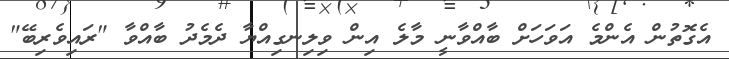
އެގޮތުން އެންމެ އަވަހަށް ބާއްވާނީ މާލެ އިން ވިލިނގިއްޔާ ދެމެދު ބާއްވާ "ރައިވެރިބޭ"